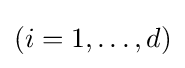
(i=1,\ldots ,d)